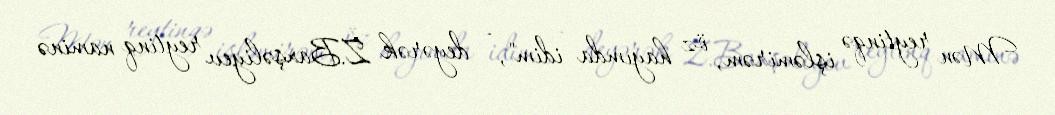
Mən reytinqə işləmirəm, öz hayımda idim", - deyərək Z.Baxşəliyev reytinq naminə